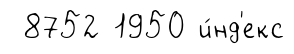
8752 1950 и́нд'екс